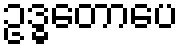
ဥဒ္ဓတောပေ